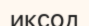
иксод